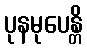
ပုနမုပေန္တိ